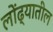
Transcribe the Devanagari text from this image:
लोंढ्यातील